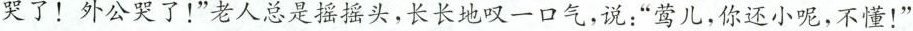
哭了！外公哭了！”老人总是摇摇头，长长地叹一口气，说：”莺儿，你还小呢，不懂！”